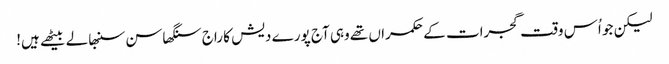
لیکن جو اُس وقت گجرات کے حکمراں تھے وہی آج پورے دیش کا راج سنگھاسن سنبھالے بیٹھے ہیں!